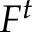
F ^ { t }